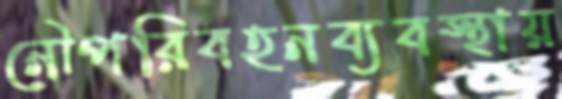
নৌপরিবহনব্যবস্থায়